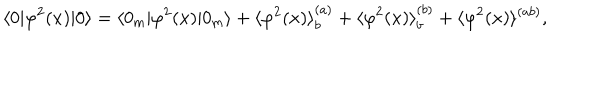
LaTeX: \langle 0 | \varphi ^ { 2 } ( x ) | 0 \rangle = \langle 0 _ { { \mathrm { m } } } | \varphi ^ { 2 } ( x ) | 0 _ { { \mathrm { m } } } \rangle + \langle \varphi ^ { 2 } ( x ) \rangle _ { b } ^ { ( a ) } + \langle \varphi ^ { 2 } ( x ) \rangle _ { b } ^ { ( b ) } + \langle \varphi ^ { 2 } ( x ) \rangle ^ { ( a b ) } ,